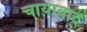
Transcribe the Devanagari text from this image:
चायावाद